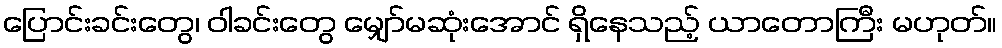
ပြောင်းခင်းတွေ၊ ဝါခင်းတွေ မျှော်မဆုံးအောင် ရှိနေသည့် ယာတောကြီး မဟုတ်။